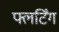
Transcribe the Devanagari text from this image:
फ्लर्टिंग